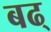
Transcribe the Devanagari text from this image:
बढ्